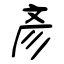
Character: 彥